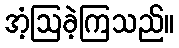
အံ့ဩခဲ့ကြသည်။